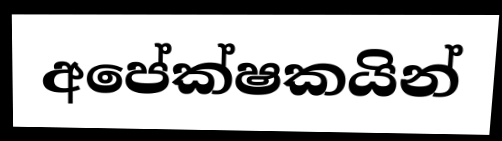
අපේක්ෂකයින්